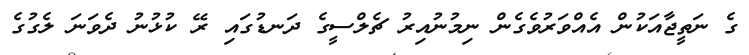
ގެ ނަތީޖާއަކުން އެއްވަރުވެގެން ނިމުނުއިރު ޗެލްސީގެ ދަނޑުގައި ރޭ ކުޅުނު ދެވަނަ ލެގުގެ